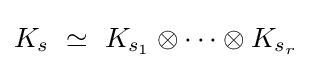
K_{s}\ \simeq \ K_{s_{1}}\otimes \cdots \otimes K_{s_{r}}